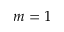
m = 1